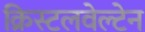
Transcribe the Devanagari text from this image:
क्रिस्टलवेल्टेन